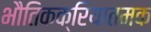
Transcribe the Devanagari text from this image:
भौतिकक्रियातमक